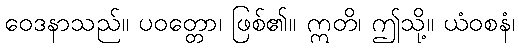
ဝေဒနာသည်။ ပဝတ္တော၊ ဖြစ်၏။ ဣတိ၊ ဤသို့။ ယံဝစနံ၊